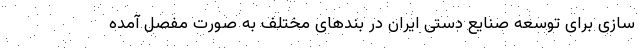
سازی برای توسعه صنایع دستی ایران در بند‌های مختلف به صورت مفصل آمده